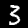
Digit: 3